Riigikohus_(kohtuotsuste_protokollid), lk 11
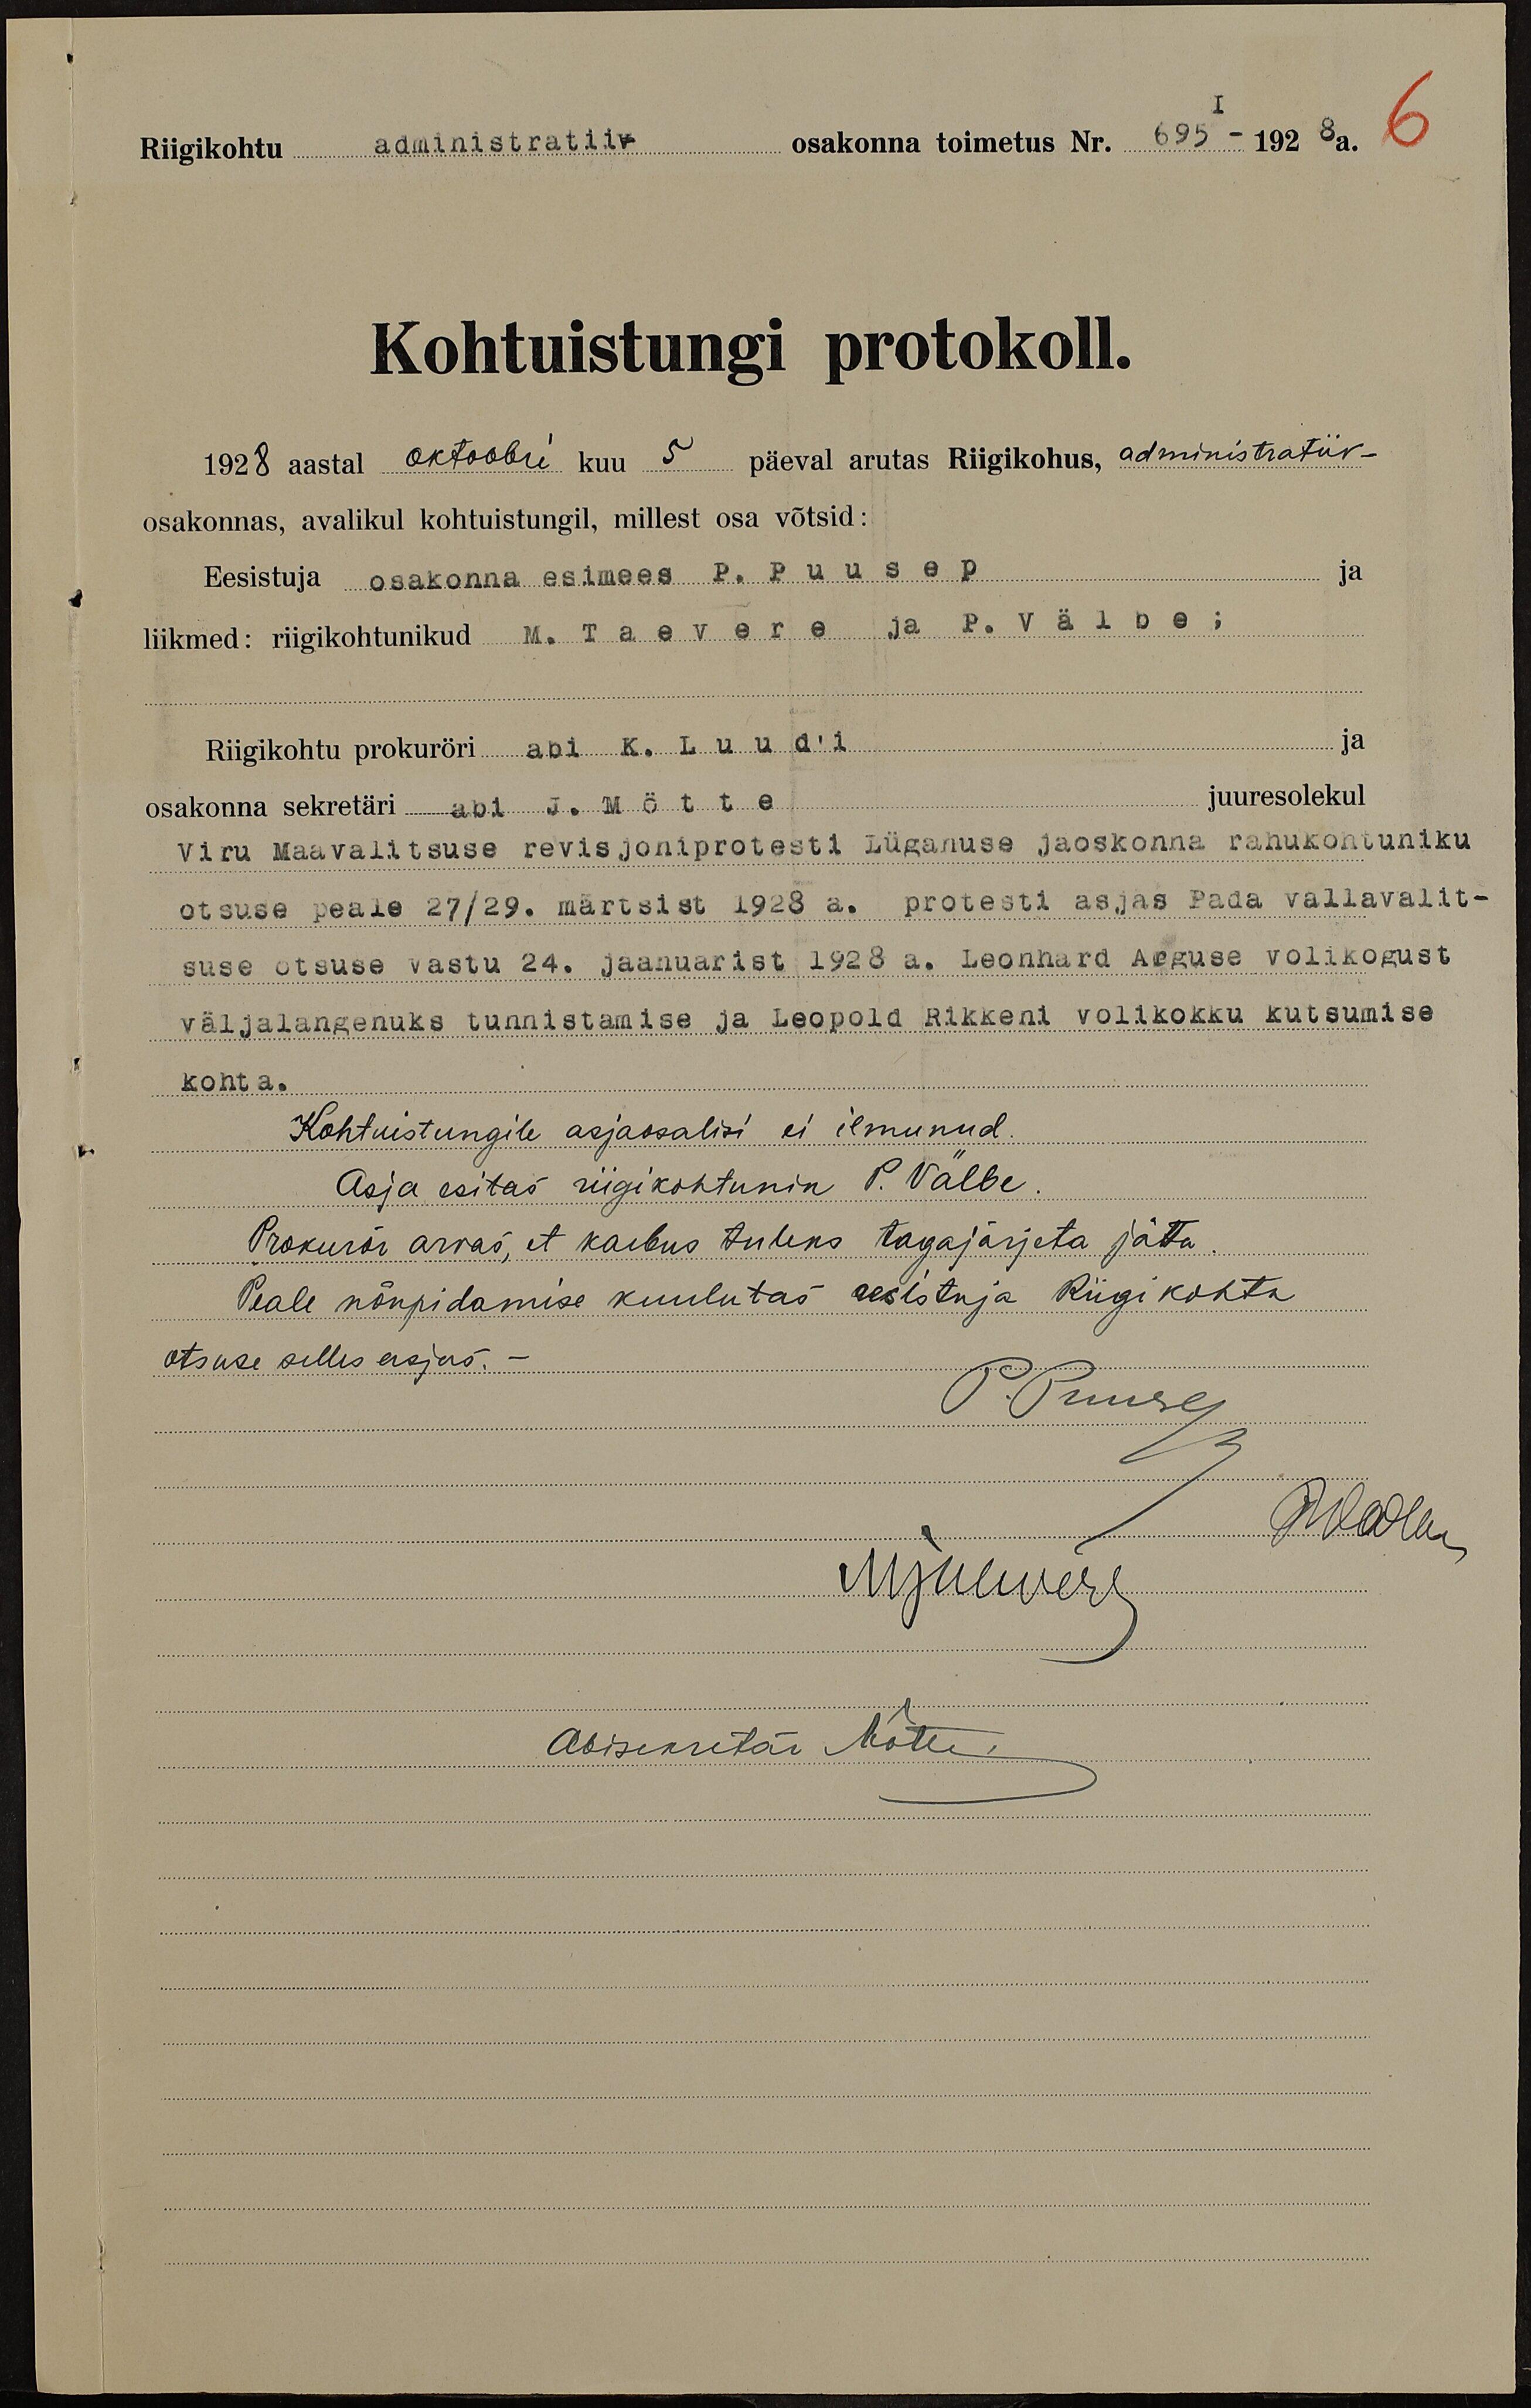
Riigikohtu administratiiv- osakonna toimetus Nr.695 - 1928a.
Kohtuistungi protokoll.
1928 aastal oktoobri kuu 5 päeval arutas Riigikohus, administratiiv-
osakonnas, avalikul kohtuistungil, millest osa võtsid:
ja
Eesistuja osakonna esimees P. Puusep
liikmed: riigikohtunikud M. Taevere ja P. Välbe;
ja
Riigikohtu prokuröri abi. K. Luud'i
juuresolekul
osakonna sekretäri J. Mötte
Viru Maavalitsuse revisjoniprotesti Lüganuse jaoskonnas rahukohtuniku
otsuse peale 27/29. märtsist 1928 a. protesti asjas Pada vallavalit-
suse otsuse wastu 24. Jaanuarist 1928 a. Leonhard Arguse volikogust
väljalangenuks tunnistamise ja Leopold Rikkeni volikokku kutsumise
kohta.
Kohtuistungile asjaosalisi ei ilmunud.
Asja esitas riigikohtunik P. Välbe.
Prokurör arvas, et kaebus tuleks tagajärjeta jätta.
Peale nõupidamise kuulutas eesistuja Riigikohtu
otsuse selles asjas.